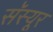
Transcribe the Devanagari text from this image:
सॅस्यूर